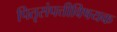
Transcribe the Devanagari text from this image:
पितृसंपत्तीविषयक